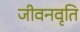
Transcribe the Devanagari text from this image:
जीवनवृति